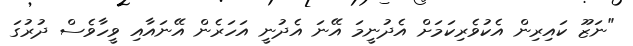
"ނަޒޫ ކައިރިން އެކުވެރިކަމަށް އެދުނީމަ އޭނަ އެދުނީ އަހަރެން އޭނައާއި ވީހާވެސް ދުރުގަ